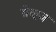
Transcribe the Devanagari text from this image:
ग्रेव्ह्ज